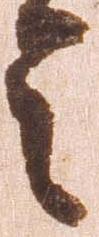
令